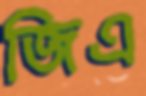
জিএ